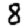
Digit: 8